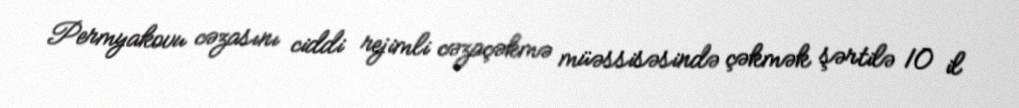
Permyakovu cəzasını ciddi rejimli cəzaçəkmə müəssisəsində çəkmək şərtilə 10 il